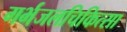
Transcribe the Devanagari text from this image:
गर्भजलचिकित्सा